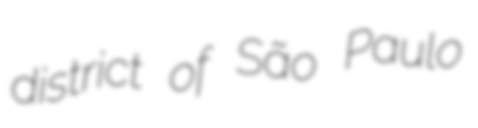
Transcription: district of São Paulo